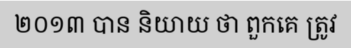
២០១៣ បាន និយាយ ថា ពួកគេ ត្រូវ